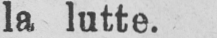
la lutte.